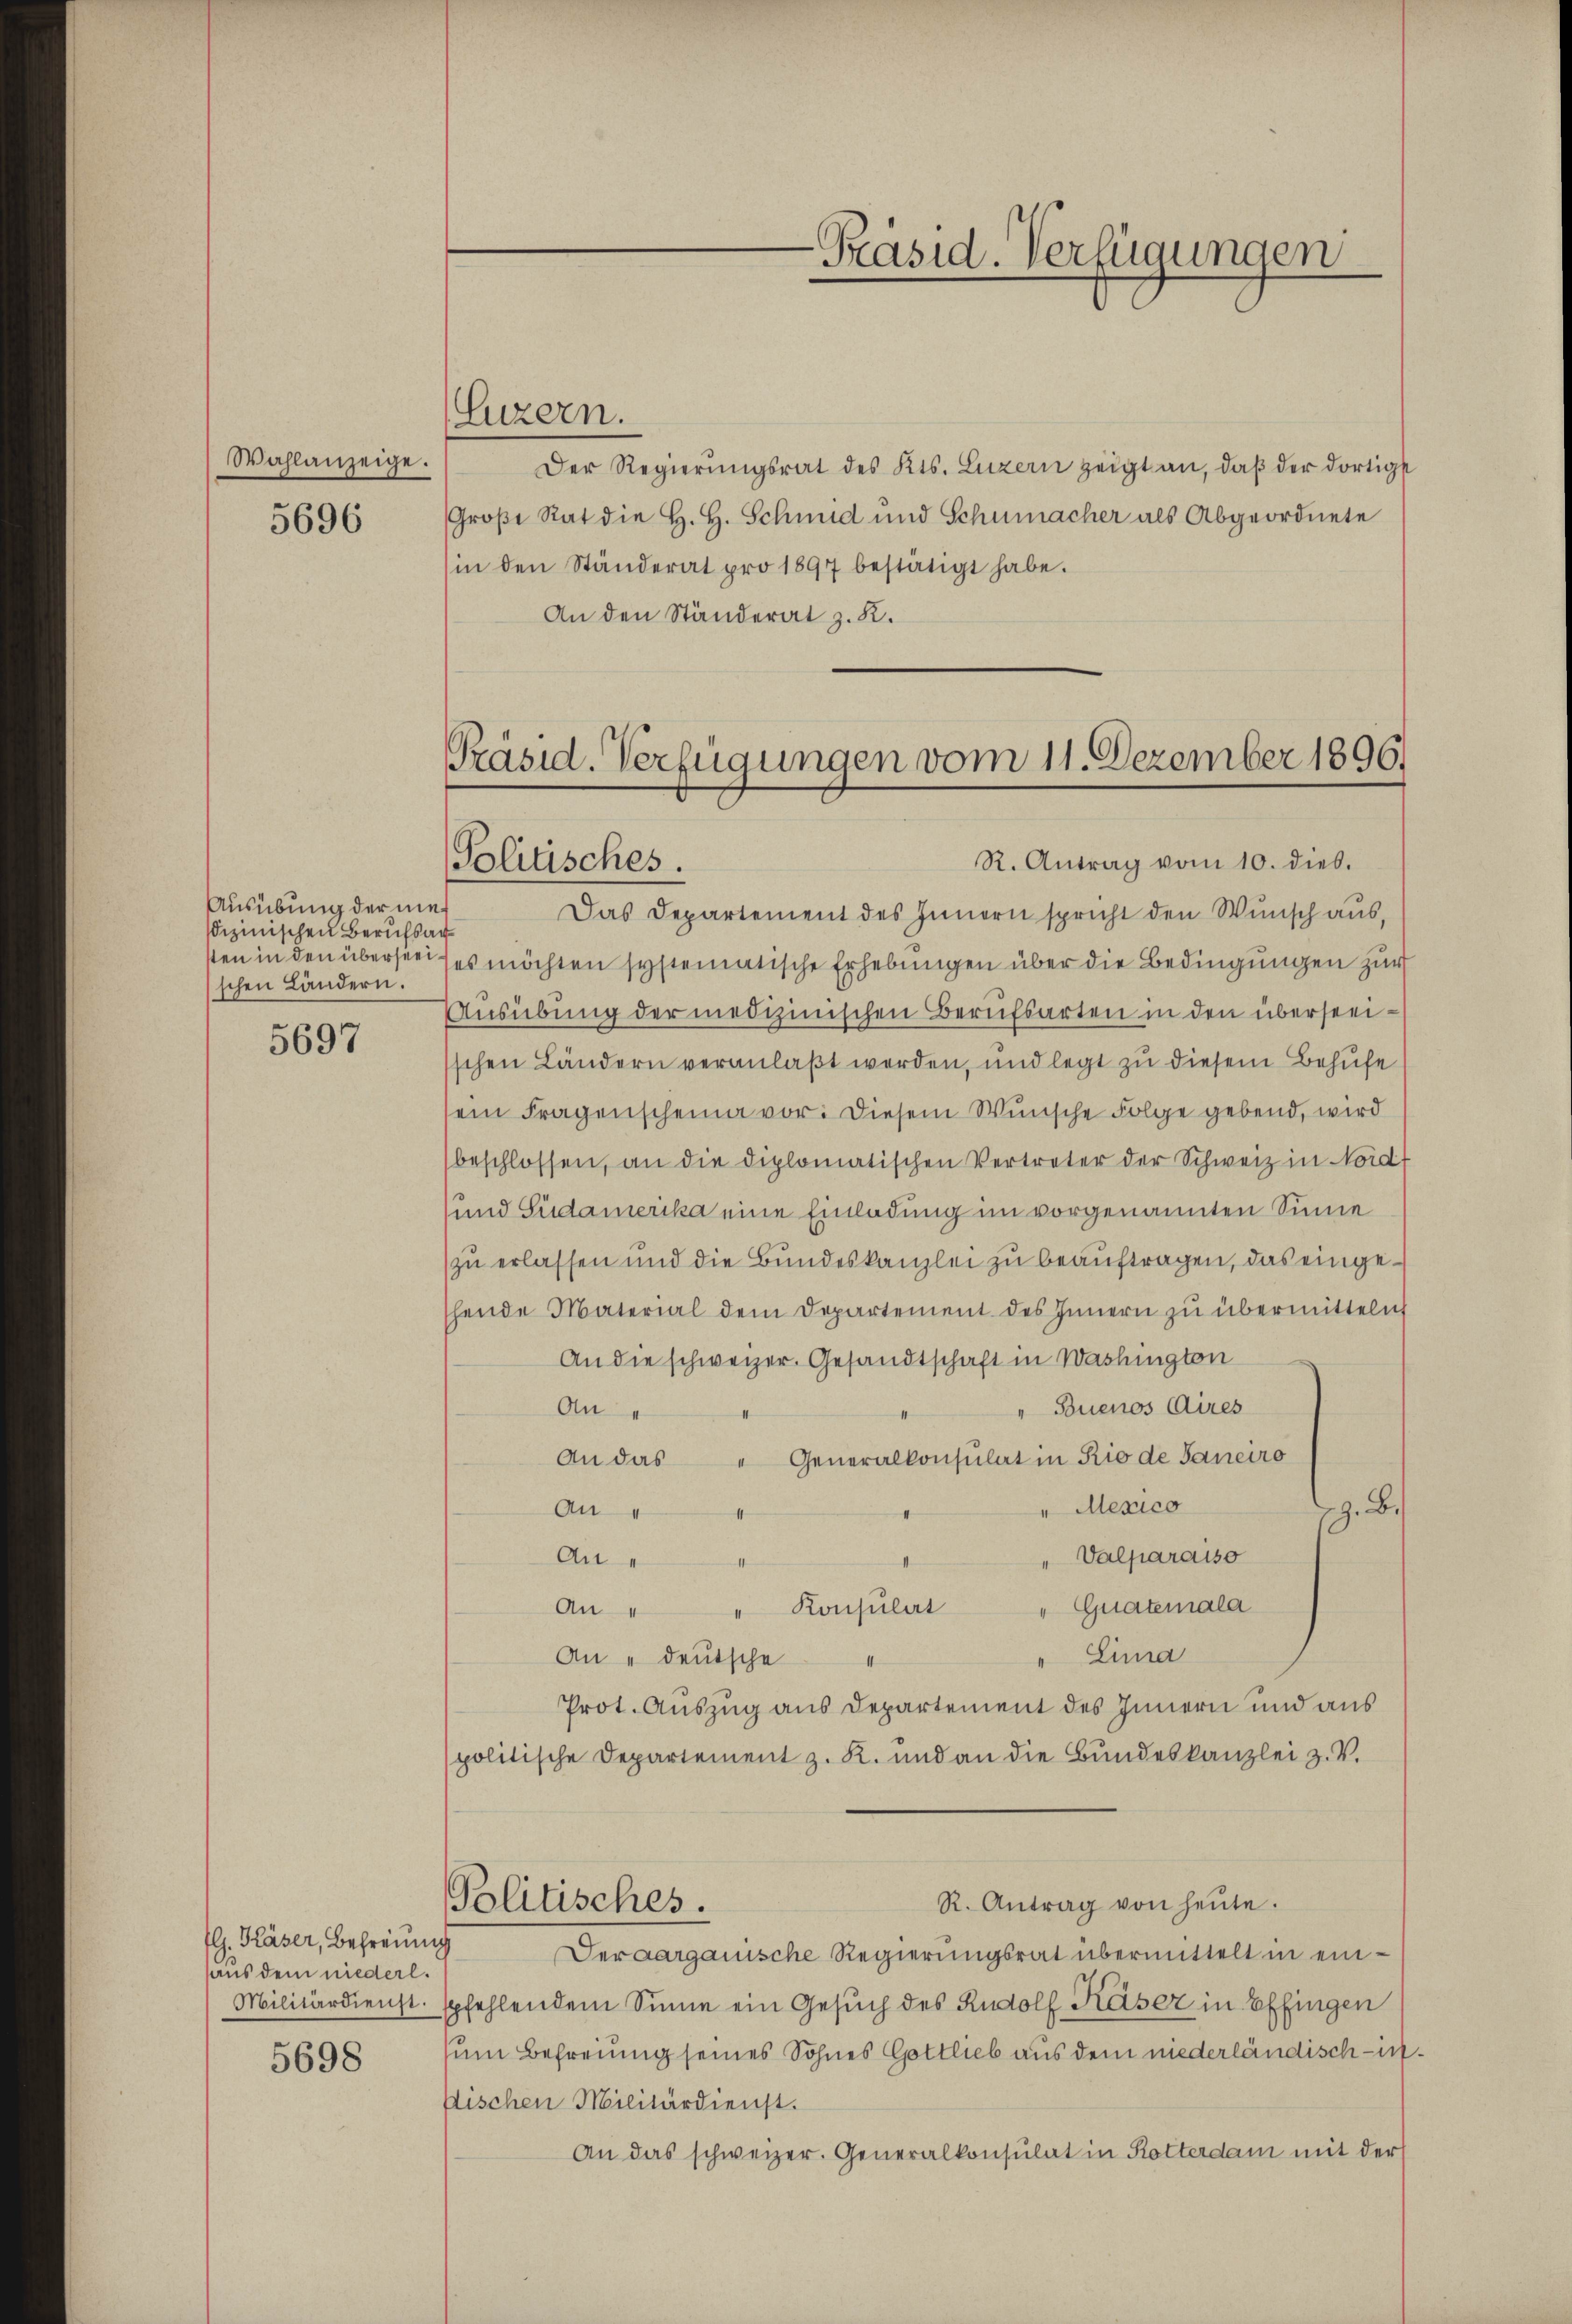
Wahlanzeige.
5696

Ausübung der net
sdizinischen Berufsar
sten in den überseeischen Ländern.

5697

fl. Kaser, Befreiung
haus dem niederl.

5698

(Luzern.

Präsid. Verfügungen vom 11. Dezember 1896.
R. Antrag vom 10. dies.
Politisches.

Der Regierŭngsrat des Kts. Luzern zeigt an, daß der dortigst
Große Rat die H. H. Schmid und Schumacher als Abgeordnete
sin den Ständerat pro 1897 bestätigt habe.
An den Ständerat z. K.

-Präsid. Verfügungen

Das Departement des Innern spricht den Wunsch aus,
es möchten systematische Erhebungen über die Bedingungen zur
Ausübung der medizinischen Berufsarten in den überseeischen Ländern veranlaßt werden, und legt zu diesem Behufe
ein Fragenscheina vor: Diesem Wunsche Folge gebend, wird
beschlossen, an die diplomatischen Vertreter der Schweiz in Nord
und Südamerika eine Einladung im vorgenannten Sinne
zu erlassen und die Bundeskanzlei zu beauftragen, das eingehende Material dem Departement des Innern zŭ übermitteln
An die schweizer. Gesandtschaft in Washington
"Buenos Aires
An
An das " Generalkonsulat in Rio de Janeiro
"Mexico
An
.
4
Valparaiso
An
Quatemala
Konsulat
An
" Lina
An deutsche
Prot. Auszug aus Departement des Innern und aus
spolitische Departement z. R. und an die Bundeskanzlei z. V.
Politisches.
R. Antrag von heŭte.
Seraargauische Regierungsrat übermittelt in ein¬
Militärdienst spfehlendem Sinne ein Gesŭch des Rudolf Kaser in Effingen
um Befreiung seines Sohnes Gottlieb aus dem niederländisch-infischen Militärdienst.
An das schweizer. Generalkonsulat in Rotterdam mit der